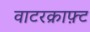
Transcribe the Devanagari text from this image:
वाटरक्राफ़्ट